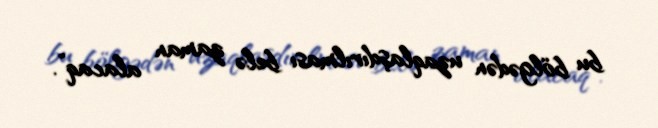
bu bölgədən uzaqlaşdırılması belə zaman alacaq”.